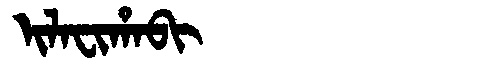
Manchu: ᡳᠯᠠᠸᡳᡥᠠᠪᡳ
Romanization: ILAFIHABI